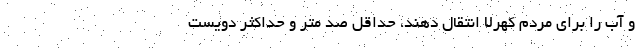
و آب را برای مردم‌ کُهرلا انتقال دهند، حداقل صد متر و حداکثر دویست